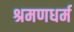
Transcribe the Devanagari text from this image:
श्रमणधर्म